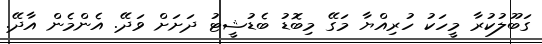
ގަބޫލުކުރާ މީހަކު ހުރިއްޔާ މަގޭ މިބޮޑު ބެޑުޝީޓު ދަށަށް ވަދޭ. އެންމެން އާދޭ.